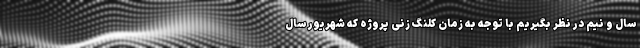
سال و نیم در نظر بگیریم با توجه به زمان کلنگ زنی پروژه که شهریور سال